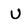
Character: U